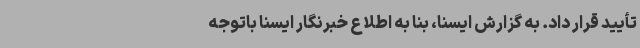
تأیید قرار داد. به گزارش ایسنا، بنا به اطلاع خبرنگار ایسنا باتوجه